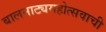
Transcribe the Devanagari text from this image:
बालनाट्यमहोत्सवाची